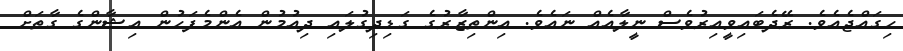
ހިގައްޖެއެވެ. ރޭދެބައިވީއިރުވެސް ނީލާއެއް ނައެވެ. އިންތިޒާރުގެ ގަޑިދިގުލައި ދިއުމުން އެންމެފަހުން އިޝާންގެ ގާތަށް